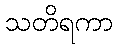
သတိရကာ